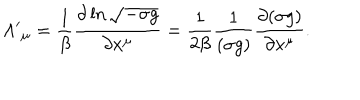
{ \Lambda ^ { \prime } } _ { \mu } = \frac { 1 } { \beta } \frac { \partial \ln \sqrt { - \sigma g } } { \partial x ^ { \mu } } = \frac { 1 } { 2 \beta } \frac { 1 } { ( \sigma g ) } \frac { \partial { ( \sigma g ) } } { \partial x ^ { \mu } } .